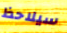
سيلاحظ